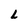
Character: L